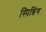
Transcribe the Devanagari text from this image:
स्पिन्निंग